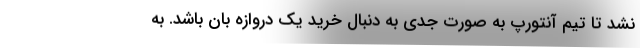
نشد تا تیم آنتورپ به صورت جدی به دنبال خرید یک دروازه بان باشد. به